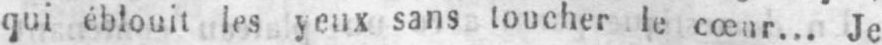
qui éblouit les yeux sans toucher le cœur... Je